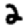
Digit: 2